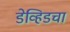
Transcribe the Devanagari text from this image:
डेव्हिडचा